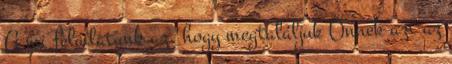
A mi feladatunk az, hogy megtaláljuk Önnek azt az